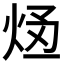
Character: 𭴥